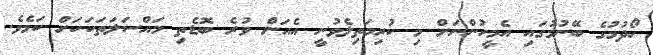
ހޯދުމުގެ ބޭނުމުގައި އެމީހުންނަށް މި ކުރިމަތިލެވުނީ އެއަށް ވުރެ ބޮޑެތި މައްސަލަތަކަކަށް ކަމެވެ.